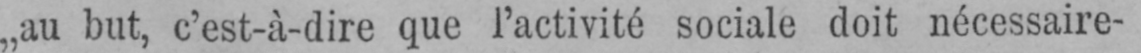
„au but, c’est-à-dire que l’activité sociale doit nécessaire-